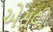
એસવી